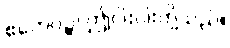
ဧတေပဉ္စ၊ ဤငါးပါးတို့သည်။